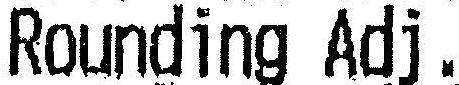
ROUNDING ADJ.